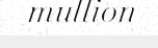
mullion